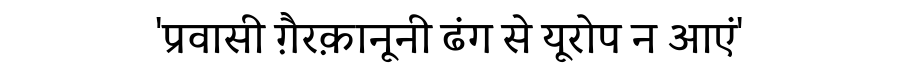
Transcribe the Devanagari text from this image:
'प्रवासी ग़ैरक़ानूनी ढंग से यूरोप न आएं'